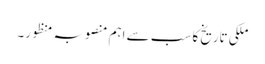
ملکی تاریخ کا سب سے اہم منصوبہ منظور۔